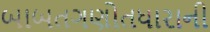
બાબતગણોતધારાની